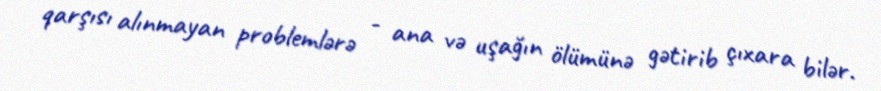
qarşısı alınmayan problemlərə - ana və uşağın ölümünə gətirib çıxara bilər.